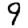
Digit: 9